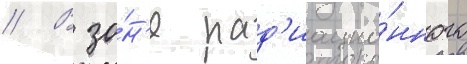
// В зо́н'е рад'иацио́нного